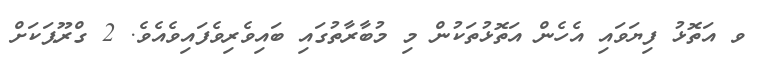
ވ އަތޮޅު ފިޔަވައި އެހެން އަތޮޅުތަކުން މި މުބާރާތުގައި ބައިވެރިވެފައިވެއެވެ. 2 ގްރޫޕަކަށް